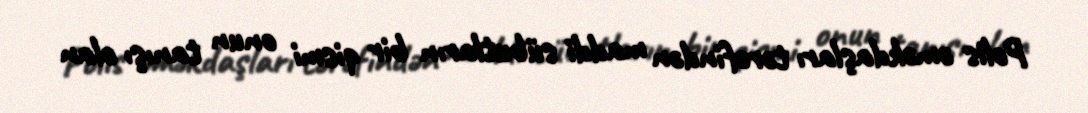
Polis əməkdaşları tərəfindən maddi sübutların bir qismi onun tanışı olan